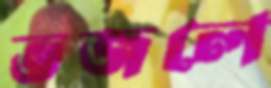
ভজলে